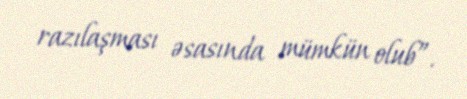
razılaşması əsasında mümkün olub”.